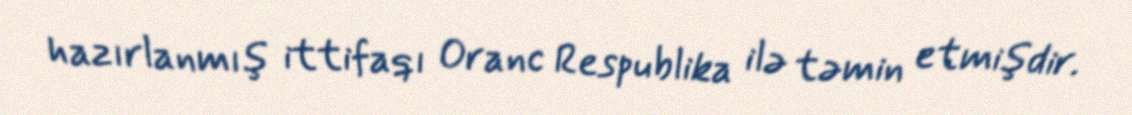
hazırlanmış ittifaqı Oranc Respublika ilə təmin etmişdir.